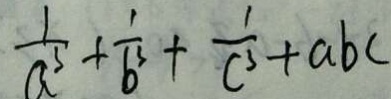
\frac { 1 } { a ^ { 3 } } + \frac { 1 } { b ^ { 3 } } + \frac { 1 } { c ^ { 3 } } + a b c